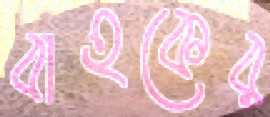
বাহকের